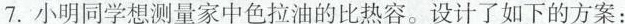
7.小明同学想测量中色拉油的比热容。设计了如下的方案：